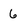
Character: 6